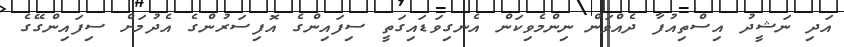
އަދި ނަޝީދު އިސްތިއުފާ ދެއްވަން ނިންމެވިކަން އެނގިވަޑައިގަތީ ސިފައިންގެ އޮފިސަރުންގެ އެދުމަށް ސިފައިންގޭގެ